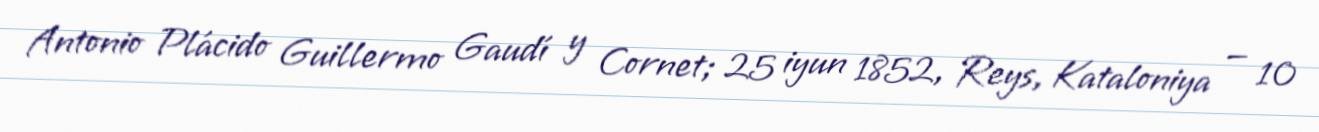
Antonio Plácido Guillermo Gaudí y Cornet; 25 iyun 1852, Reys, Kataloniya — 10